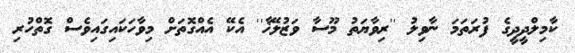
ކާމިލްދީދީގެ ފުރަތަމަ ނާވިލު ''ރިވާޔަތު މޫސާ ވަޒުލޭޚާ'' އެކޭ އެއްގޮތަށް މިވާހަކައިގައިވެސް ގޮތްހުރި